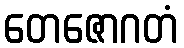
တေဇောဂတံ